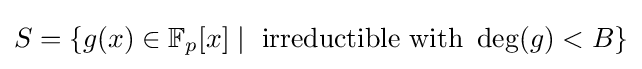
S=\{g(x)\in \mathbb {F} _{p}[x]\mid {\text{ irreductible with }}\deg(g)<B\}